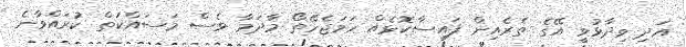
އަދި ވިދާޅުވީ އޭގެ ތެރެއިން ފައިސާކޮޅެއް ހަމަޖެހޭތޯ މާދަމާ ވެސް މަސައްކަތް ކުރައްވާނެ